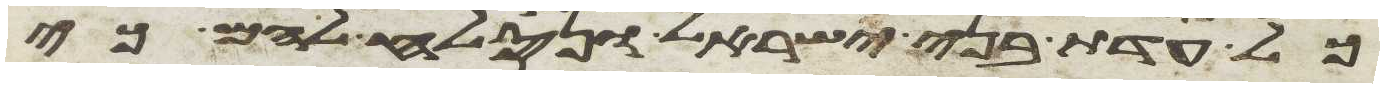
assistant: כל עדת בני ישראל ונסלח להם כי